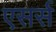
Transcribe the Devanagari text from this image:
एसर्स